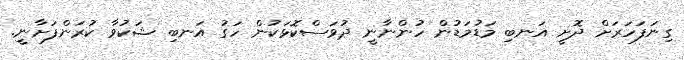
ގިނަފަހަރަށް ދޮށީ އަނބި މަޑުމަޑުން ހުންނާނީ ދުވަސްކޮޅަކުން ހަގު އަނބި ޝަކުވާ ކުރަންފަށާނީ.